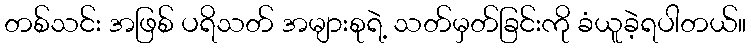
တစ်သင်း အဖြစ် ပရိသတ် အများစုရဲ့ သတ်မှတ်ခြင်းကို ခံယူခဲ့ရပါတယ်။